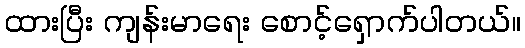
ထားပြီး ကျန်းမာရေး စောင့်ရှောက်ပါတယ်။